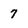
Character: 7